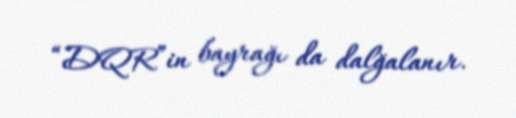
“DQR”in bayrağı da dalğalanır.